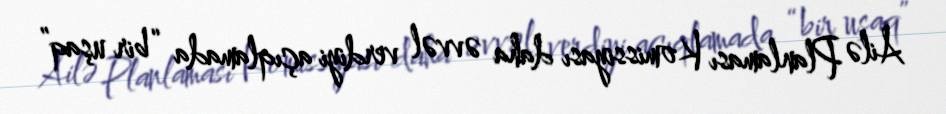
Ailə Planlaması Komissiyası daha əvvəl verdiyi açıqlamada “bir uşaq”